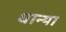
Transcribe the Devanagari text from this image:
धान्या